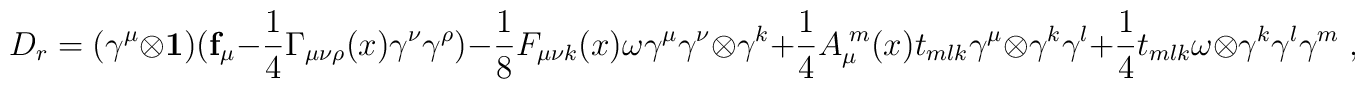
D_r=(\gamma^\mu \otimes \mathbf{1})(\mathbf{f}_\mu-        \frac{1}{4} \Gamma_{\mu\nu\rho}(x)\gamma^\nu\gamma^\rho) -         \frac{1}{8}F_{\mu\nu k}(x) \omega \gamma^\mu \gamma^\nu \otimes \gamma^k+        \frac{1}{4}A_\mu^{\;m}(x) t_{mlk} \gamma^\mu \otimes \gamma^k \gamma^l +        \frac{1}{4}t_{mlk}\omega \otimes \gamma^k \gamma^l \gamma^m \;,